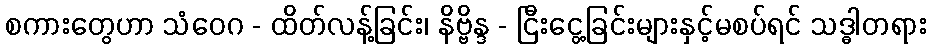
စကားတွေဟာ သံဝေဂ - ထိတ်လန့်ခြင်း၊ နိဗ္ဗိန္ဒ - ငြီးငွေ့ခြင်းများနှင့်မစပ်ရင် သဒ္ဓါတရား